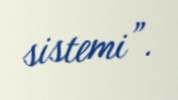
sistemi”.